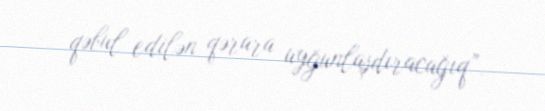
qəbul edilən qərara uyğunlaşdıracağıq”.